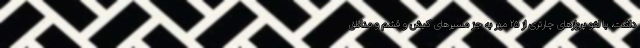
داشت، با لغو پروازهای چارتری از ۲۵ مهر به جز مسیرهای کیش و قشم و مناطق